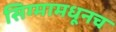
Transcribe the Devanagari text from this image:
सिग्मामधूनच